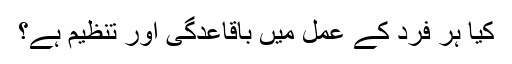
کیا ہر فرد کے عمل میں باقاعدگی اور تنظیم ہے؟